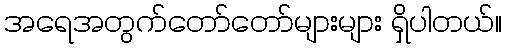
အရေအတွက်တော်တော်များများ ရှိပါတယ်။